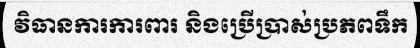
វិធានការការពារ និងប្រើប្រាស់ប្រភពទឹក